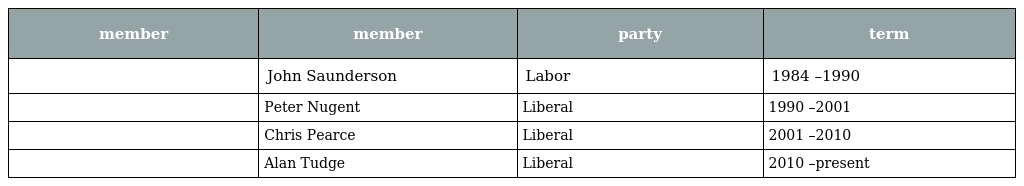
| member | member | party | term |
 | --- | --- | --- | --- |
 |  | John Saunderson | Labor | 1984 –1990 |
 |  | Peter Nugent | Liberal | 1990 –2001 |
 |  | Chris Pearce | Liberal | 2001 –2010 |
 |  | Alan Tudge | Liberal | 2010 –present |